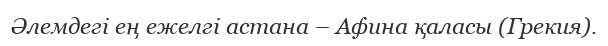
Әлемдегі ең ежелгі астана – Афина қаласы (Грекия).